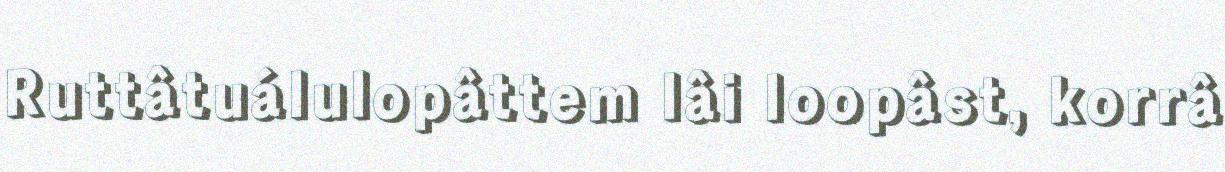
Ruttâtuálulopâttem lâi loopâst, korrâ